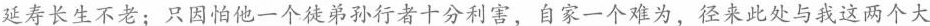
延寿长生不老；只因怕他一个徒弟孙行者十分利害，自家一个难为，径来此处与我这两个大